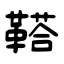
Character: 鞳